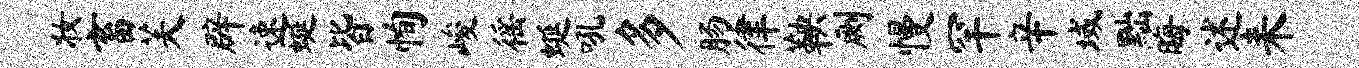
妆畜芙辟速蜒皆恂峻徭蜒吼多肠律鞅劂慢罕辛域黜晦述耒